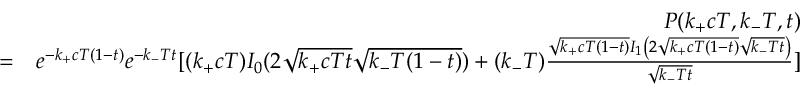
\begin{array} { r l r } & { } & { P ( k _ { + } c T , k _ { - } T , t ) } \\ & { = } & { e ^ { - k _ { + } c T ( 1 - t ) } e ^ { - k _ { - } T t } [ ( k _ { + } c T ) I _ { 0 } ( 2 \sqrt { k _ { + } c T t } \sqrt { k _ { - } T ( 1 - t ) } ) + ( k _ { - } T ) \frac { \sqrt { k _ { + } c T ( 1 - t ) } I _ { 1 } \left( 2 \sqrt { k _ { + } c T ( 1 - t ) } \sqrt { k _ { - } T t } \right) } { \sqrt { k _ { - } T t } } ] } \end{array}